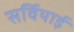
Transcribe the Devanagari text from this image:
सर्वियाई